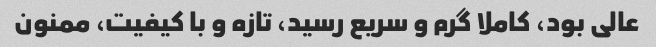
عالی بود، کاملا گرم و سریع رسید، تازه و با کیفیت، ممنون